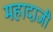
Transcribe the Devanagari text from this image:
महादाजी